NAE_ERA_R-1992_EV_Ehitusministeerium, lk 13
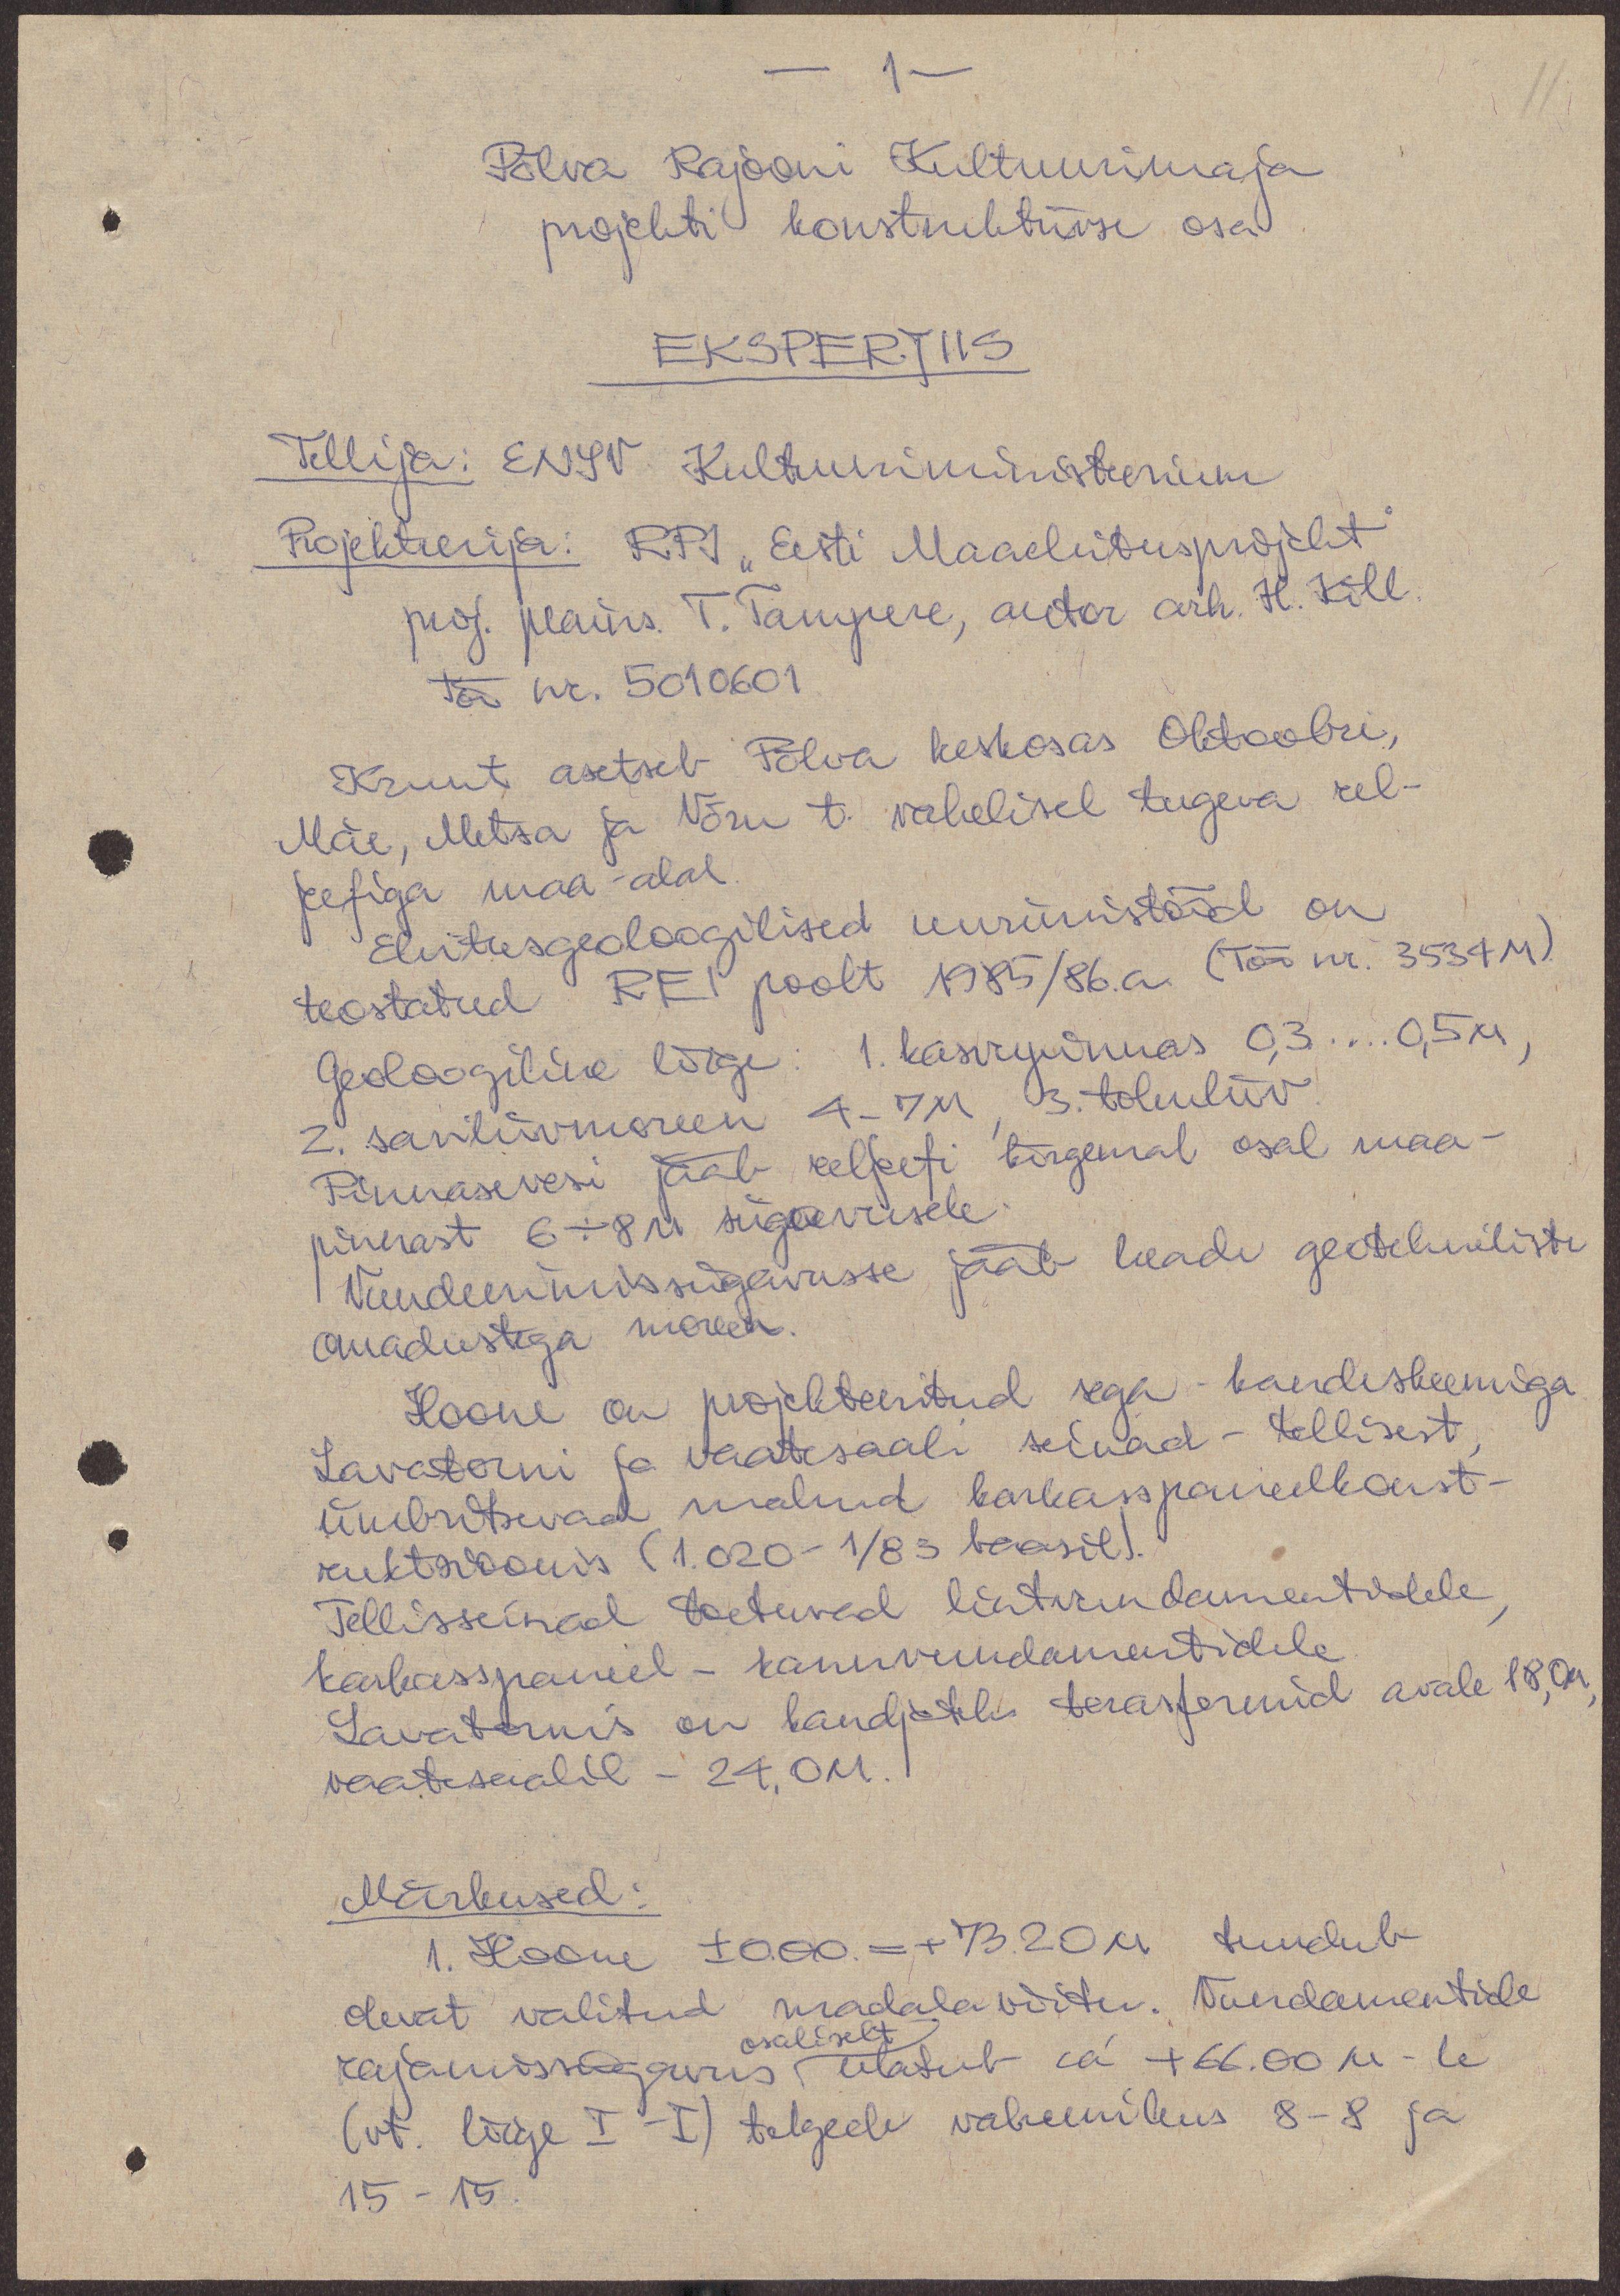
11.

- 1-
Põlva Rajooni Kultuurimaja
projekti konstruktiivse osa
EKSPERTIIS
Tellija: ENSV Kultuuriministeerium
Projekteerija: RPI "Eesti Maaehitusprojekt"
proj. peains. T. Tampere, autor arh. H. Kõll
Töö nr. 5010601
Krunt asetseb Põlva keskosas Oktoobri,
Mäe, Metsa ja Võru t. vahelisel tugeva rel-
jeefiga maa-alal.
Ehitusgeoloogilised uurimistööd on
teostatud REI poolt 1985/86.a. (Töö nr. 3534M).
Geoloogiline lõige: 1 kasvupinnas 0,3....0,5 M,
2. saviliivmoreen 4-7M, 3. tolmliiv
Pinnasevesi jääb reljeefi kõrgemal osal maa-
pinnast 6+8 M sügavusele
1. Vundeerimissügavusse jääb heade geotehniliste
omadustega moreen.
Hoone on projekteeritud sega-kandeskeemiga
Lavatorni ja vaatesaali seinad - tellisest
ümbritsevad mahud karkasspaneelkonst-
ruktsioonis (1.020-1/85 baasil).
Tellisseinad toetuvad lihtvundamentidele
karkasspaneel - kannvundamentidele
Lavatornis on kandjateks terasfermid avale 18,0M
vaatesaalil - 24,0M.
Märkused:
1. Hoone ±0.00.= + 73.20M tundub
olevat valitud madala võitu. Vundamentide
rajamissügavus ulatub ca +66.00 M-le
(vt. lõige I-I) telgede vahemikus 8-8 ja
15-15.